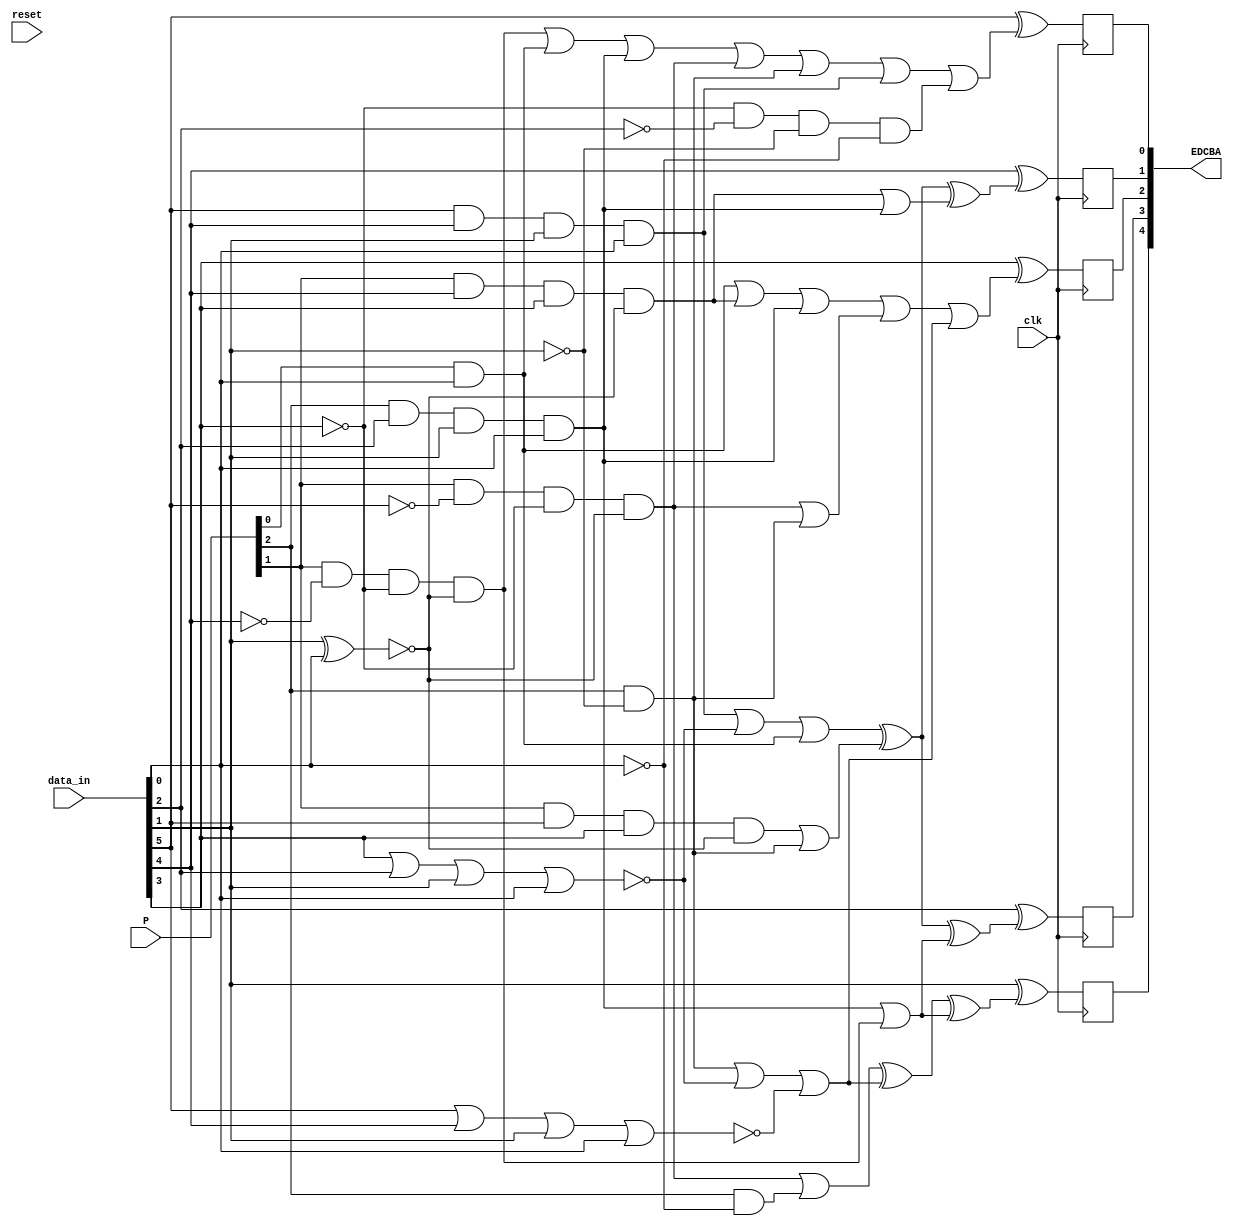
module fcn6b5b(
    input clk, 
    input reset,
    input [5:0] data_in,
    input [2:0] P,
    output [4:0] EDCBA
    );
    
    wire a, b, c, d, e, i;
    assign {a, b, c, d, e, i} = data_in;
    wire P13, P22, P31; 
    assign {P13, P22, P31} = P;
    reg A, B, C, D, E;
    
    always @(posedge clk)
    begin
        A = a ^ ((P22 & ~b & ~c & ~(e^i)) |
                (P31 & i)               |
                (P13 & d & e & i)       |
                (P22 & ~a & ~c & ~(e^i))|
                (P13 & ~e)              |
                (a & b & e & i)         |
                (~c & ~d & ~e & ~i));
        B = b ^ (((a & b & e & i) | ~(c | d | e | i) | (P31 & i))
              ^ ((P22 & a & c & ~(e ^ i)) | (P13 & ~e))
              ^ ((P22 & b & c & ~(e ^ i)) | (P13 & d & e & i)));
        C = c ^ (((P31 & i) | (P22 & b & c & ~(e ^ i)) | (P13 & d & e & i))
              | ((P22 & ~a & ~c & ~(e ^ i)) | (P13 & ~e))
              | ((P13 & ~e) | ~(c | d | e | i) | ~(a | b | e | i)));
        D = d ^ (((a & b & e & i) | ~(c | d | e | i) | (P31 & i))
              ^ ((P22 & a & c & ~(e ^ i)) | (P13 & ~e))
              ^ ((P13 & d & e & i) | (P22 & ~b & ~c & ~(e ^ i))));
        E = e ^ (((P22 & ~a & ~c & ~(e ^ i)) | (P13 & ~i))
              ^ ((P13 & ~e) | ~(c | d | e | i) | ~(a | b | e | i))
              ^ ((P13 & d & e & i) | (P22 & ~b & ~c & ~(e ^ i))));
    end
                 
    assign EDCBA = {E, D, C, B, A};
endmodule